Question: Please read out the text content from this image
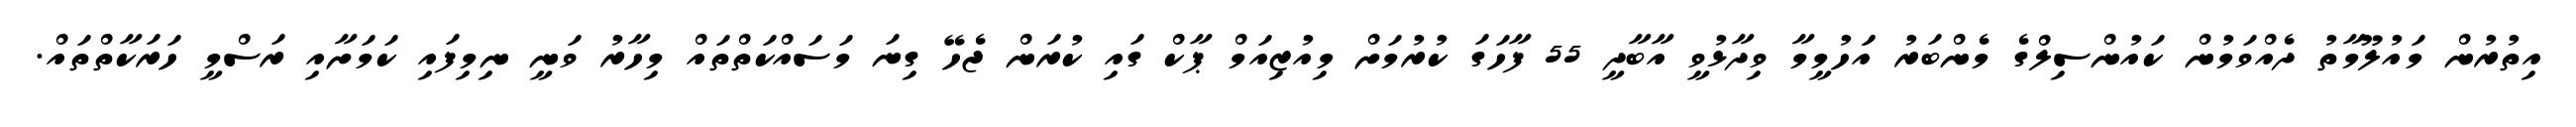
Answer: އިތުރުން މައުލޫމާތު ދެއްވަމުން ކައުންސިލްގެ މެންބަރު އަަހުމީމާ ވިދާޅުވީ އާބާދީ 55 ފާހަގަ ކުރުމަށް މިއުޒިއަމް ޕާކް ގައި ކުރަން ޖެހޭ ގިނަ މަސައްކަތްތައް މިހާރު ވަނީ ނިމިފައި ކަމަށާއި ރަސްމީ ހަރަކާތްތައް.